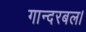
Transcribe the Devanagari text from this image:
गान्दरबल।